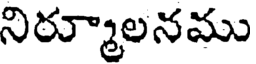
నిర్మూలనము